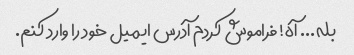
بله... آه! فراموش کردم آدرس ایمیل خود را وارد کنم.